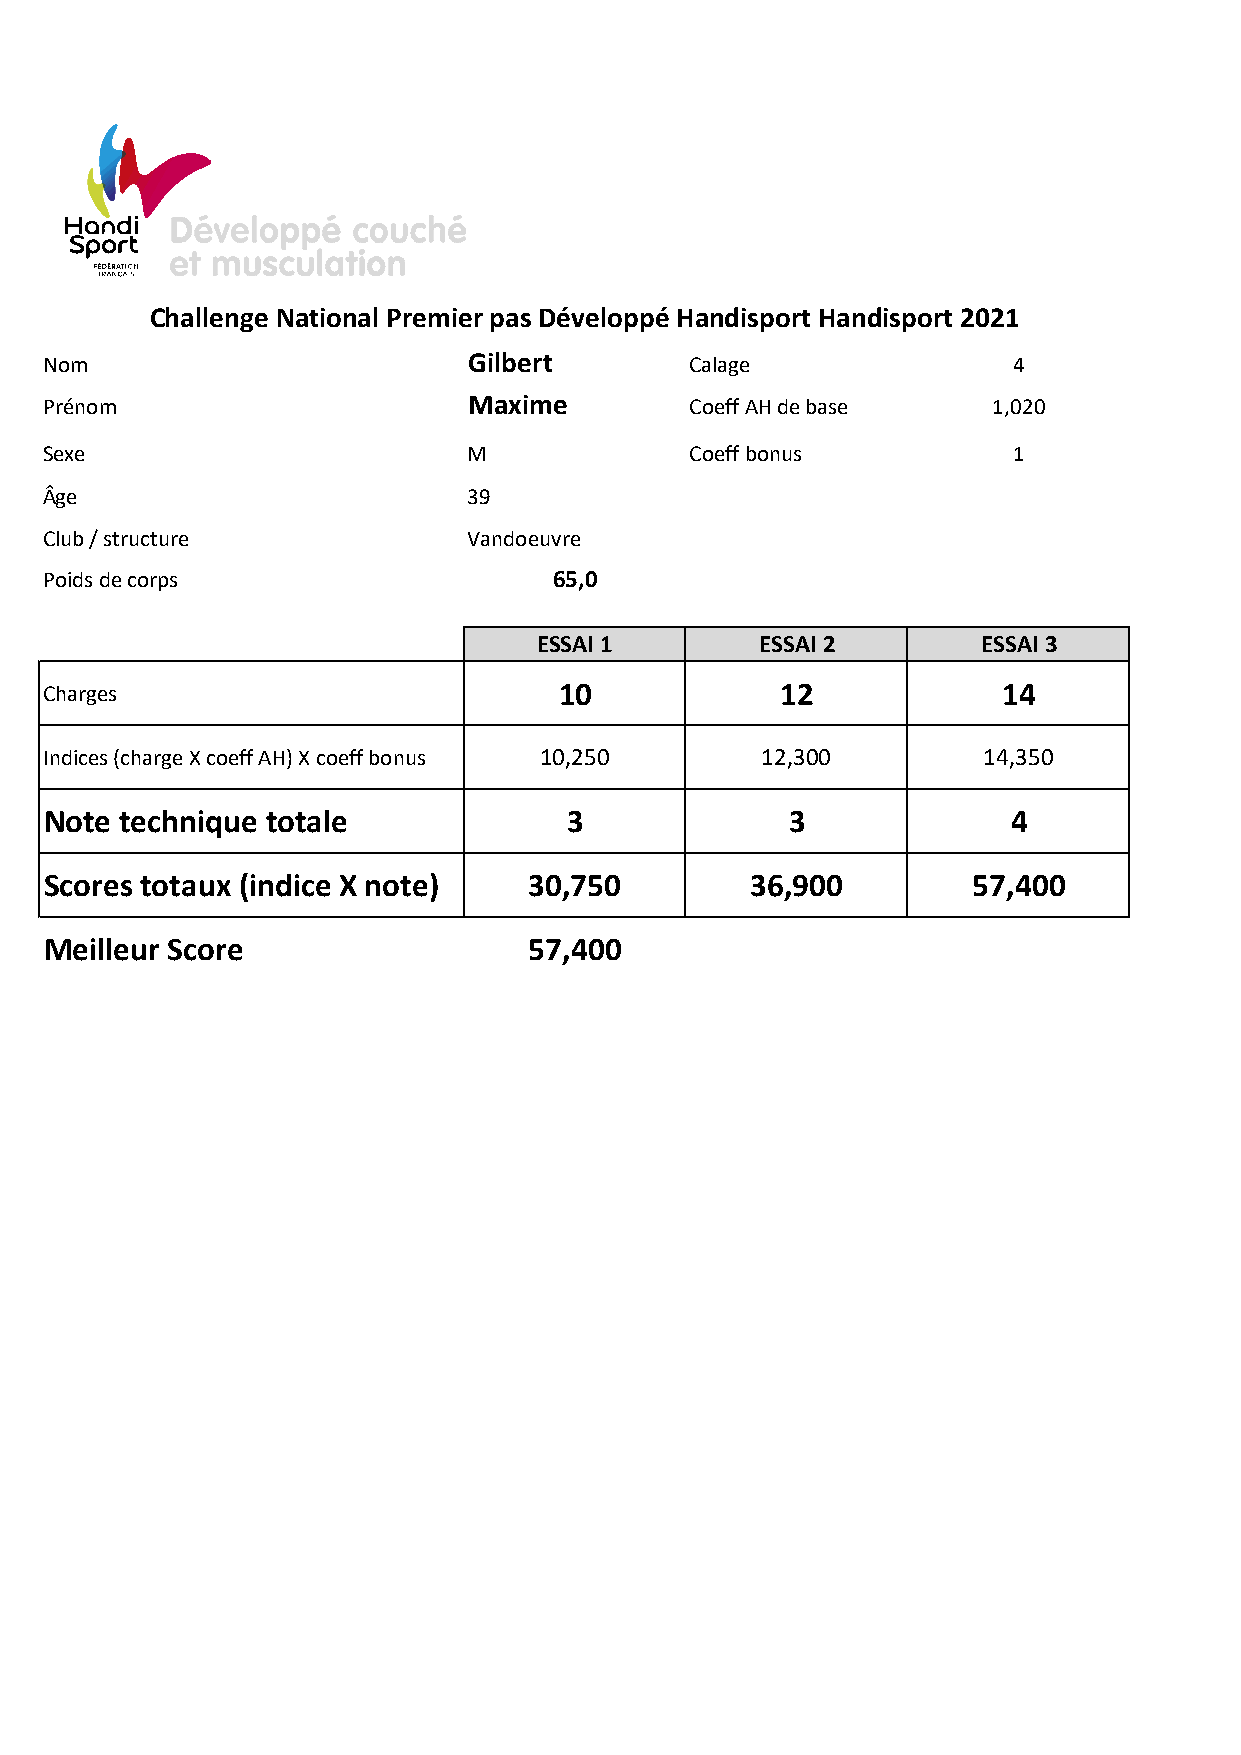
Challenge National Premier pas Développé Handisport Handisport 2021
 Nom                         Gilbert        Calage               4
 Prénom                      Maxime         Coeff AH de base    1,020
 Sexe                        M              Coeff bonus          1
 Âge                         39
 Club / structure            Vandoeuvre
 Poids de corps                    65,0
 ESSAI 1       ESSAI 2        ESSAI 3
 Charges                           10             12            14
 Indices (charge X coeff AH) X coeff bonus 10,250 12,300       14,350
 Note technique totale              3             3              4
 Scores totaux (indice X note)   30,750         36,900        57,400
 Meilleur Score                  57,400